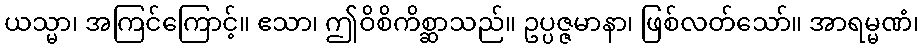
ယသ္မာ၊ အကြင်ကြောင့်။ ဧသာ၊ ဤဝိစိကိစ္ဆာသည်။ ဥပ္ပဇ္ဇမာနာ၊ ဖြစ်လတ်သော်။ အာရမ္မဏံ၊